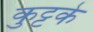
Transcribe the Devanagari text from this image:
कुट्टके